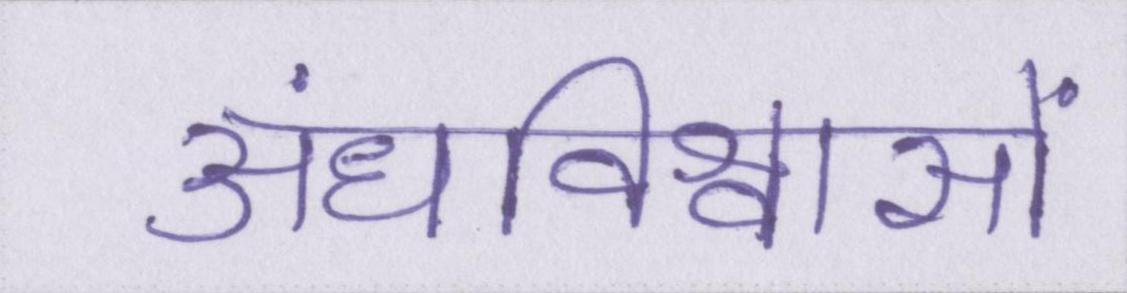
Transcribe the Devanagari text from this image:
अंधविश्वासों